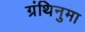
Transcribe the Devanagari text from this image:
ग्रंथिनुमा